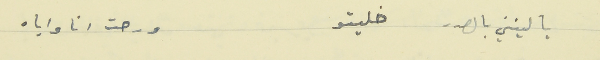
يا ليتني بالصدر خليتو                          ورحت انا واياه